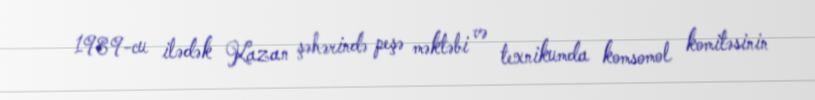
1989-cu ilədək Kazan şəhərində peşə məktəbi və texnikumda komsomol komitəsinin